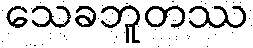
သေခဘူတဿ